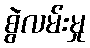
စွဲလမ်းမှု